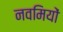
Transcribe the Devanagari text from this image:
नवमियों